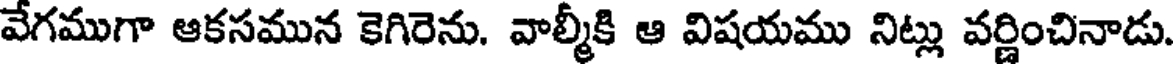
వేగముగా ఆకసమున కెగిరెను. వాల్మీకి ఆ విషయము నిట్లు వర్ణించినాడు.